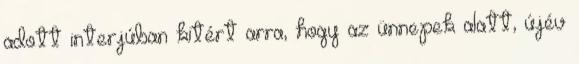
adott interjúban kitért arra, hogy az ünnepek alatt, újév